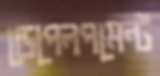
ডেপেলপমেন্ট